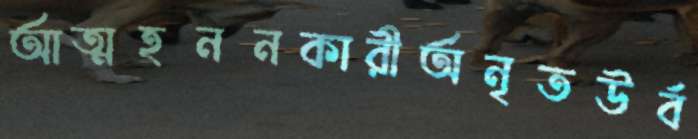
আত্মহননকারীঅনৃতউর্ব